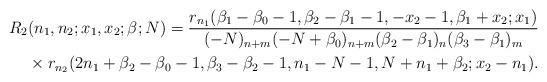
LaTeX: \begin{align*}R_2(n_1,n_2; x_1,x_2; \beta;N) = \frac{r_{n_1}(\beta_1-\beta_0-1, \beta_2-\beta_1-1, -x_2-1,\beta_1+x_2; x_1)}{(-N)_{n+m}(-N+\beta_0)_{n+m}(\beta_2-\beta_1)_{n}(\beta_3-\beta_1)_{m}}\\ \qquad{}\times r_{n_2}(2n_1+\beta_2-\beta_0-1, \beta_3-\beta_2-1, n_1-N-1, N+n_1+\beta_2; x_2-n_1).\end{align*}